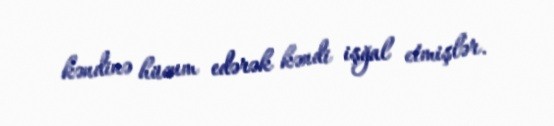
kəndinə hücum edərək kəndi işğal etmişlər.